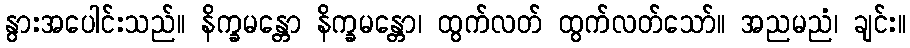
နွားအပေါင်းသည်။ နိက္ခမန္တော နိက္ခမန္တော၊ ထွက်လတ် ထွက်လတ်သော်။ အညမညံ၊ ချင်း။